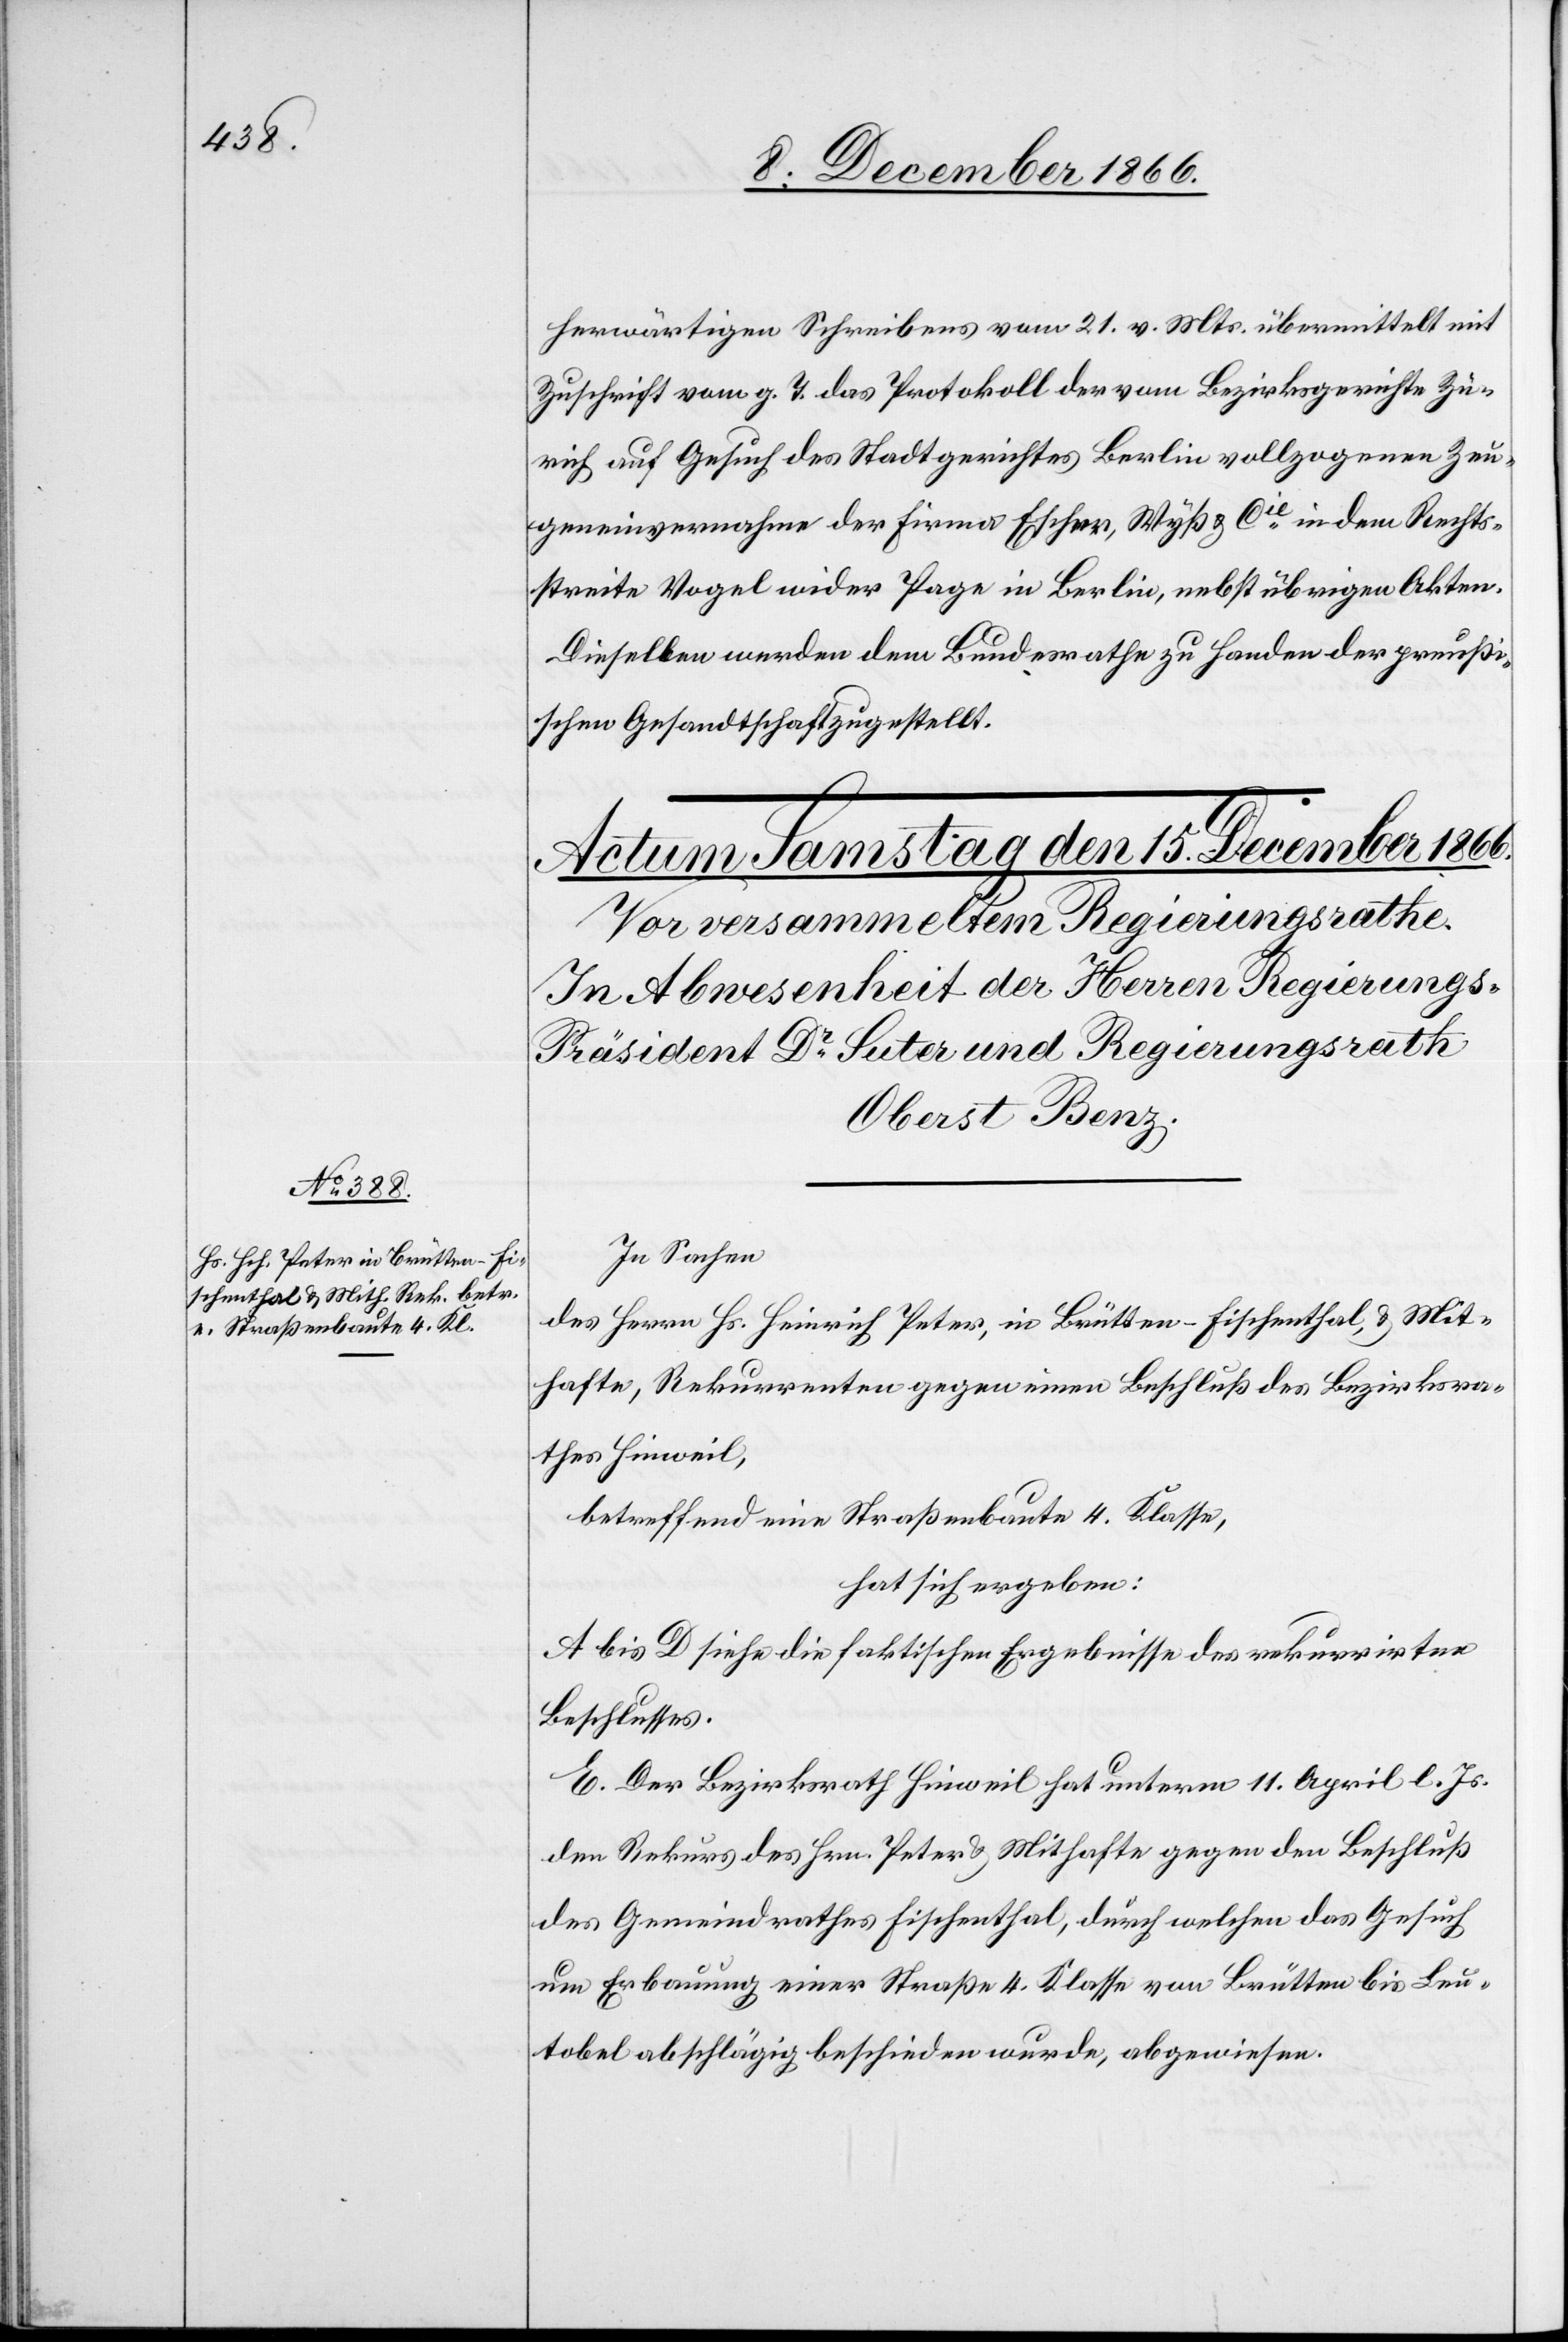
herwärtigen Schreibens vom 21. v. Mts. übermittelt mit
Zuschrift vom g. T. das Protokoll der vom Bezirksgerichte Zü¬
rich auf Gesuch des Stadtgerichtes Berlin vollzogenen Zeu¬
geneinvernahme der Firma Escher, Wyß & Cie. in dem Rechts¬
streite Vogel wider Page in Berlin, nebst übrigen Akten.
Dieselben werden dem Bundesrathe zu Handen der preuß¬
ischen Gesandtschaft zugestellt.
In Sachen
des Herrn Hs. Heinrich Peter, in Brütten-Fischenthal, u. Mit¬
hafte, Rekurrenten gegen einen Beschluß des Bezirksra¬
thes Hinweil,
betreffend eine Straßenbaute 4. Klasse,
hat sich ergeben:
A bis D siehe die faktischen Ergebnisse des rekurrirten
Beschlusses.
E. Der Bezirksrath Hinweil hat unterm 11. April l. Js.
den Rekurs des Hrn. Peter u. Mithafte gegen den Beschluß
des Gemeindrathes Fischenthal, durch welchen das Gesuch
um Erbauung einer Straße 4. Klasse von Brütten bis Leu¬
tobel abschlägig beschieden wurde, abgewiesen.